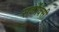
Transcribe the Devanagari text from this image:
सर्कोक्सी